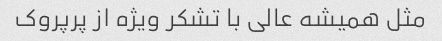
مثل همیشه عالی با تشکر ویژه از پرپروک